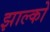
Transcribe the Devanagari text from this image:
झाल्को